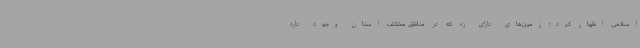
اسلامی اظهار کرد: زمین‌های دارای زه که در مناطق مختلف استان وجود دارد